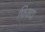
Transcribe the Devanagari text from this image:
फिक्टा